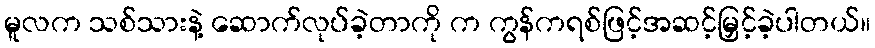
မူလက သစ်သားနဲ့ ဆောက်လုပ်ခဲ့တာကို က ကွန်ကရစ်ဖြင့်အဆင့်မြှင့်ခဲ့ပါတယ်။